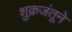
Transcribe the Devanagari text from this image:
शुक्रजंतूने